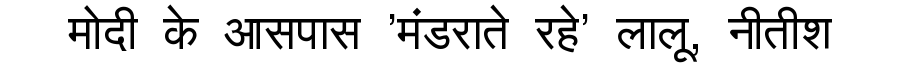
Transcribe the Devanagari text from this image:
मोदी के आसपास 'मंडराते रहे' लालू, नीतीश